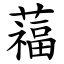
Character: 䕐